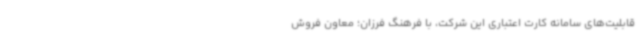
قابلیت‌های سامانه کارت اعتباری این شرکت، با فرهنگ فرزان؛ معاون فروش